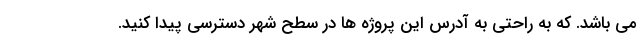
می باشد. که به راحتی به آدرس این پروژه ها در سطح شهر دسترسی پیدا کنید.